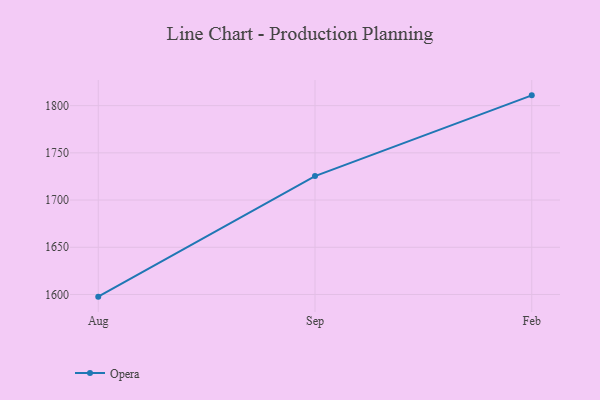
{"axis": {"x": "Month", "y": "Website Visitors"}, "legend": ["Opera"], "data": [{"x": "Aug", "y": 1597.7, "type": "Opera"}, {"x": "Sep", "y": 1725.4, "type": "Opera"}, {"x": "Feb", "y": 1810.9, "type": "Opera"}]}